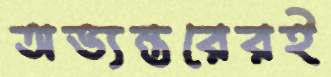
অভ্যন্তরেরই